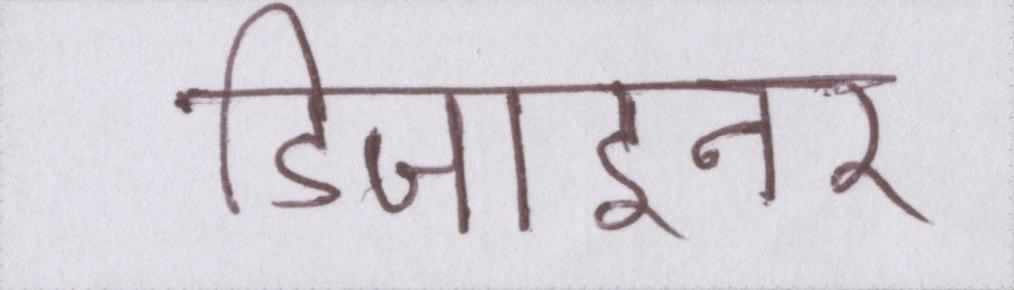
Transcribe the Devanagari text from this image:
डिजाइनर